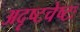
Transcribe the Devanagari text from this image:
अदृष्टचेष्टः